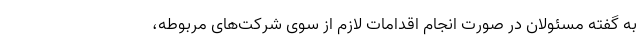
به گفته مسئولان در صورت انجام اقدامات لازم از سوی شرکت‌های مربوطه،